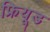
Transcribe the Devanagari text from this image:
फ्रियूड